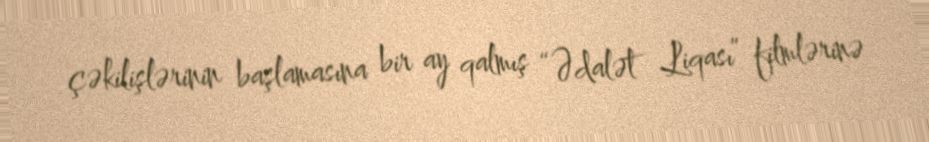
çəkilişlərinin başlamasına bir ay qalmış “Ədalət Liqası” filmlərinə